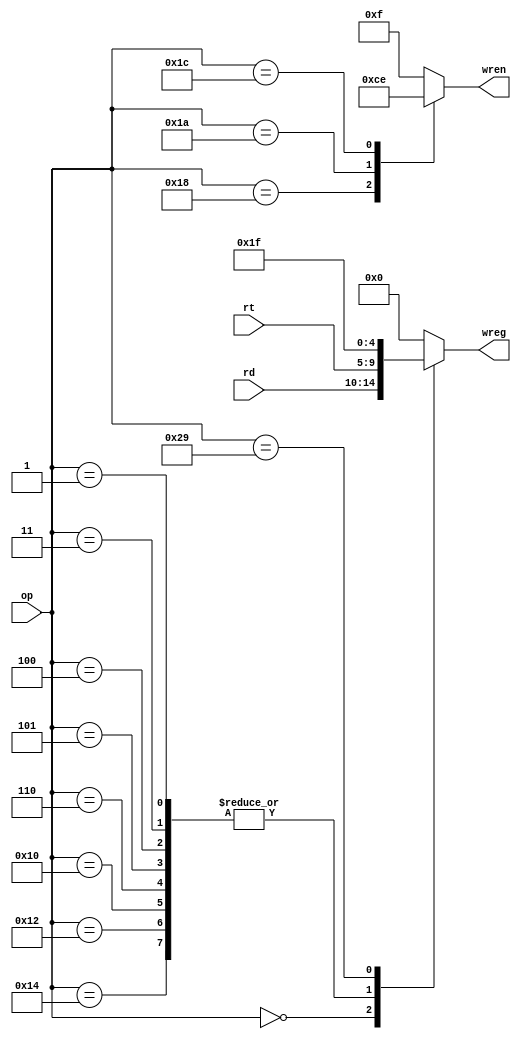
module wregn(
    input [5:0] op,
    input [4:0] rd,
    input [4:0] rt,
    output [4:0] wreg,
    output [3:0] wren
    );

    function [4:0] wreg_gen;
        input [5:0] op;
        input [4:0] rd, rt;
        case(op)
            6'd0:wreg_gen = rd;
            6'd1,6'd3,6'd4,6'd5,6'd6,6'd16,6'd18,6'd20:wreg_gen = rt;
            6'd41:wreg_gen = 5'd31;
            default:wreg_gen = 5'd0;
        endcase
    endfunction

    function [3:0] wren_gen;
        input [5:0] op;
        case(op)
            6'd24:wren_gen = 4'b0000;
            6'd26:wren_gen = 4'b1100;
            6'd28:wren_gen = 4'b1110;
            default:wren_gen = 4'b1111;
        endcase
    endfunction

    assign wreg = wreg_gen(op, rd, rt);
    assign wren = wren_gen(op);
endmodule